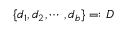
\{ d _ { 1 } , d _ { 2 } , \dotsb , d _ { b } \} = : D